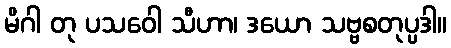
မိဂါ တု ပသဝေါ သီဟာ၊ ဒယော သဗ္ဗစတုပ္ပဒါ။